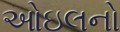
ઓઇલનો